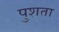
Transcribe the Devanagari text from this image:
पुशता